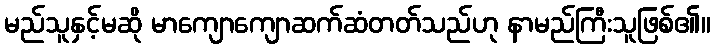
မည်သူနှင့်မဆို မာကျောကျောဆက်ဆံတတ်သည်ဟု နာမည်ကြီးသူဖြစ်၏။